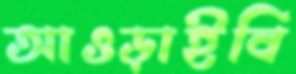
আওড়াইবি